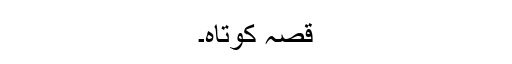
قصہ کوتاہ۔